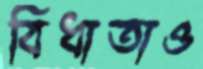
বিধাতাও